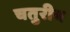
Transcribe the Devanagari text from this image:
चतुरीय